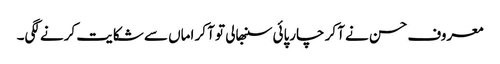
معروف حسن نے آ کر چارپائی سنبھالی تو آ کر اماں سے شکایت کرنے لگی۔